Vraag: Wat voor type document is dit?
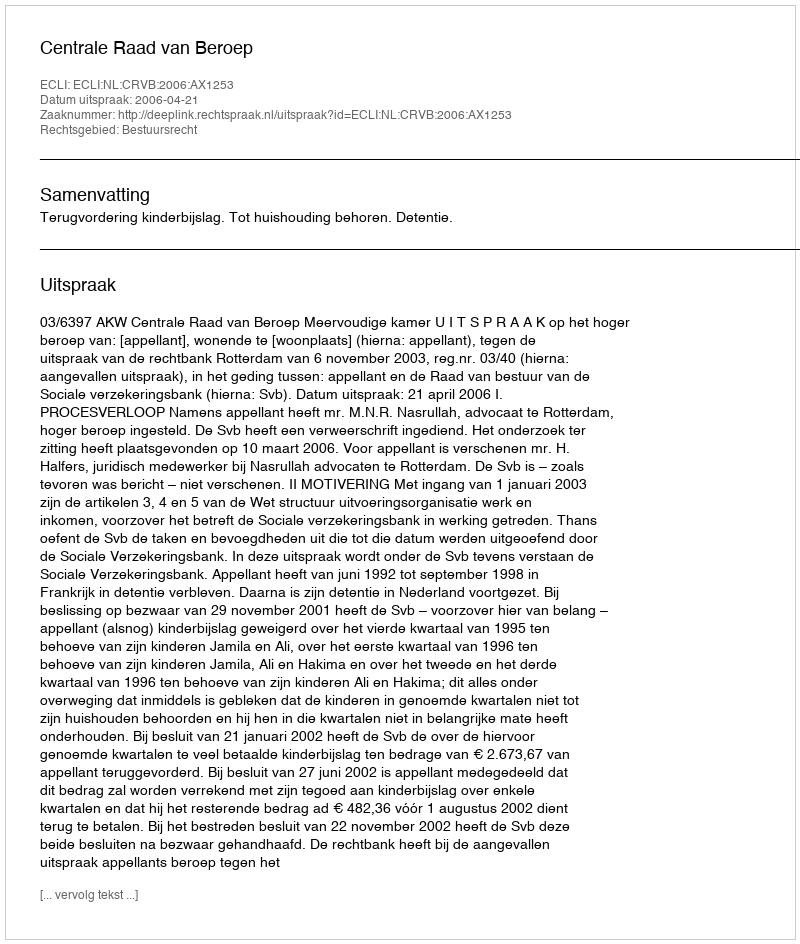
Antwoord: Uitspraak